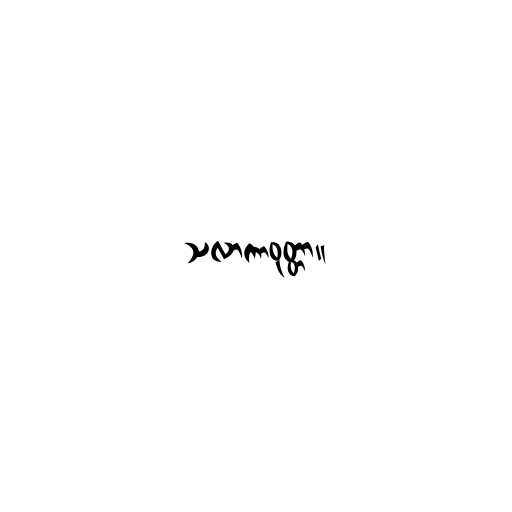
သလာကာဝုတ္တာ။